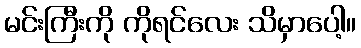
မင်းကြီးကို ကိုရင်လေး သိမှာပေါ့။